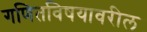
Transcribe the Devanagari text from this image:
गणितविषयावरील